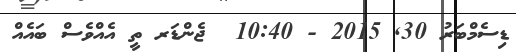
ޑިސެމްބަރު 30